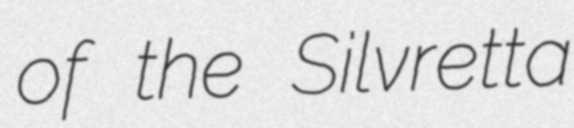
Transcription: of the Silvretta